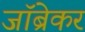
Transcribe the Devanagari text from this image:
जॉब्रेकर